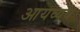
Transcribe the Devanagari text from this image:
आयव्यय